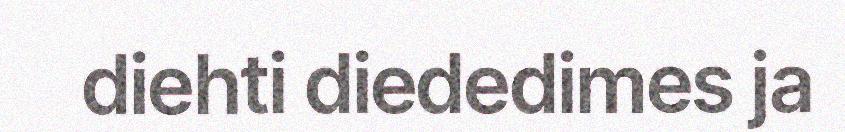
diehti diededimes ja